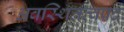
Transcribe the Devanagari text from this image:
अवस्थितत्वपद